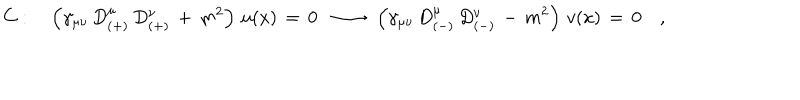
C : \quad \left( \gamma _ { \mu \nu } \, D _ { ( + ) } ^ { \mu } \, D _ { ( + ) } ^ { \nu } \, + \, m ^ { 2 } \right) \, u ( x ) \, = \, 0 \, \, \, \longrightarrow \, \, \, \left( \gamma _ { \mu \nu } \, D _ { ( - ) } ^ { \mu } \, D _ { ( - ) } ^ { \nu } \, - \, m ^ { 2 } \right) \, v ( x ) \, = \, 0 \quad ,